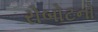
રોબોટનો